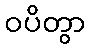
ဝပိတွာ